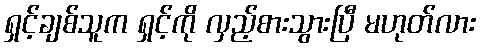
ရှင့်ချစ်သူက ရှင့်ကို လှည့်စားသွားပြီ မဟုတ်လား